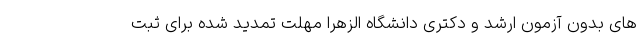
های بدون آزمون ارشد و دکتری دانشگاه الزهرا مهلت تمدید شده برای ثبت